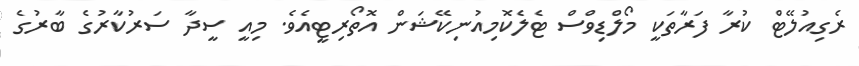
ރެގިއުލޭޓް ކުރާ ފަރާތަކީ މޯލްޑިވްސް ޓެލެކޮމިއުނިކޭޝަން އޮތޯރިޓީއެވެ. މިއީ ސީދާ ސަރުކާރުގެ ބާރުގެ